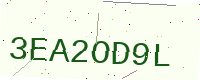
Text: 3EA2OD9L